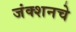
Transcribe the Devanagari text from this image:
जंक्शनचे